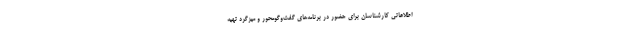
اطلاعاتی کارشناسان برای حضور در برنامه‌های گفت‌وگومحور و میزگرد تهیه